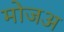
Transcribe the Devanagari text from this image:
मोजअ